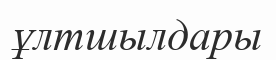
ұлтшылдары